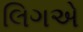
લિગએ